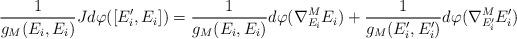
LaTeX: \begin{align*}\frac{1}{g_M(E_i,E_i)}Jd\varphi([E_i^\prime,E_i])=\frac{1}{g_M(E_i,E_i)}d\varphi(\nabla^M_{E_i}E_i)+\frac{1}{g_M(E_i^\prime,E_i^\prime)}d\varphi(\nabla^M_{E_i^\prime}E_i^\prime)\end{align*}